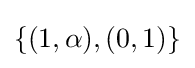
\textstyle \{(1,\alpha ),(0,1)\}